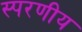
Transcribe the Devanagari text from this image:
स्परणीय